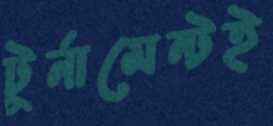
টুর্নামেন্টই